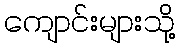
ကျောင်းများသို့